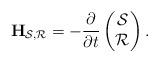
LaTeX: \begin{align*}\textbf{H}_{\mathcal{S},\mathcal{R}}=-\frac{\partial}{\partial t}\left(\begin{matrix}\mathcal{S} \\ \mathcal{R}\end{matrix}\right).\end{align*}